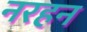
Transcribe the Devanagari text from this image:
नरहन